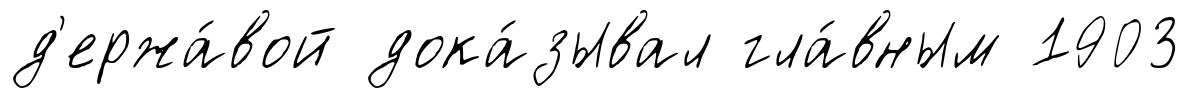
д'ержа́вой дока́зывал гла́вным 1903